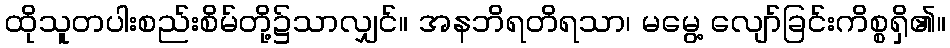
ထိုသူတပါးစည်းစိမ်တို့၌သာလျှင်။ အနဘိရတိရသာ၊ မမွေ့ လျော်ခြင်းကိစ္စရှိ၏။